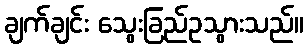
ချက်ချင်း သွေးခြည်ဥသွားသည်။